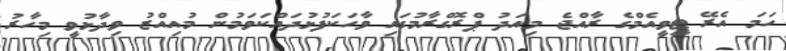
ހަމަ އެރޭ ޓީވީއެމްގެ ރާއްޖެ މިއަދު ޕްރޮގްރާމުގައި ވާހަކަފުޅުދައްކަވަމުން މުއިއްޒު ވިދާޅުވީ މިހާރު